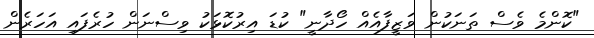
"ކޮންމެ ވެސް ތަނަކުން ވަޒީފާއެއް ހޯދާނީ" ކުޑަ އިރުކޮޅަކު ވިސްނަން ހުރެފައި އަހަރެން